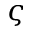
\varsigma